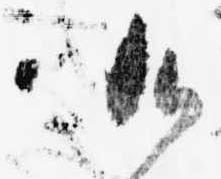
御